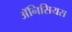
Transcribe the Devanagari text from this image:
ॲनिसियस